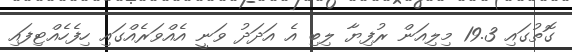
ގޮތުގައި 19.3 މިލިއަން ރުފިޔާ ލިބި އެ އަދަދު ވަނީ އެއްވަރެއްގައި ހިފެހެއްޓިފައި